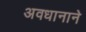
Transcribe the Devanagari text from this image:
अवधानाने